Medical and sanitary report of the native army of Bengal for the year
Year: 1876
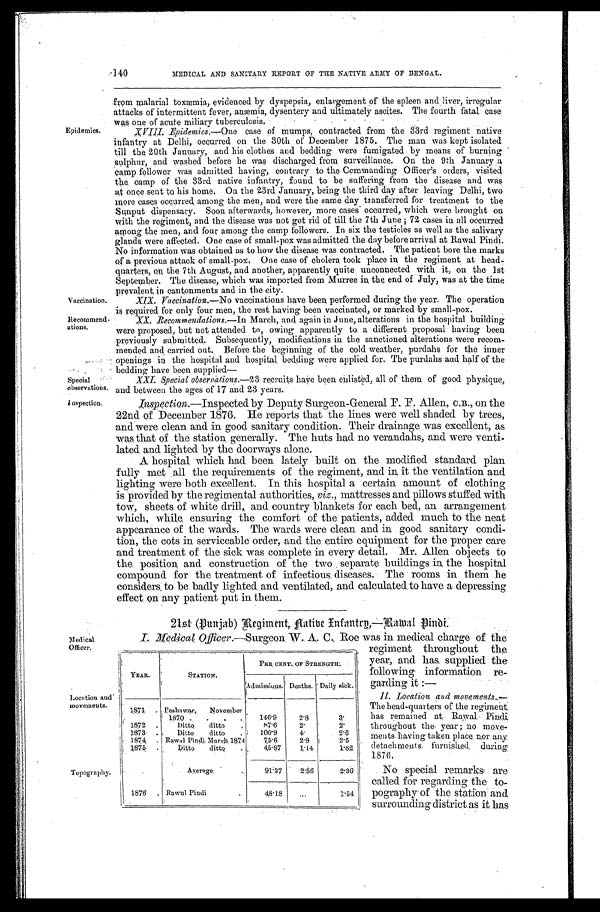
Vaccination.
Recommend
atious.
Special
observations
Inspection.
Epidemics.
Medical.
Officer.
Topography.
Location and'
movements.
140
MEDICAL AND SANITARY REPORT OF THE NATIVE ARMY OF BENGAL.
from malarial toxæmia, evidenced by dyspepsia, enlargement of the spleen and liver, irregular
attacks of intermittent fever, anæmia, dysentery and ultimately ascites. The fourth fatal case
was, one of acute miliary tuberculosis
.
XVIII. Epidemics. —One case of mumps, contracted from the 33rd regiment native
infantry at Delhi, occurred on the 30th of December 1875. The man was kept isolated
till the 20th January, and his clothes and bedding were fumigated by means of burning
sulphur, and washed before he was discharged from surveillance. On the 9th January a
camp follower was admitted having, contrary to the Commanding Officer's orders, visited
the camp of the 33rd native infantry, found to be suffering from the disease and was
at once sent to his home. On the 23rd January, being the third day after leaving . Delhi, two
more cases occurred, among the men, and were the same day, transferred for treatment to the
Sunput dispensary. Soon afterwards, however, more cases occurred, which were brought on
with the regiment, and the disease was not got rid of till the 7th June; 72 cases in all occurred
among the men, and four among the camp followers. In six the testicles as well as the salivary
glands were affected. One case of small-pox was admitted the day before arrival at Rawal Pindi.
No information was obtained as to how the disease was contracted. The patient bore the marks
of a previous attack of small-pox. One case of cholera took place in the regiment at head
-quarters, on the 7th August, and another, apparently quite unconnected with it, on the 1st
September. The disease, which was imported from Murree in the end of July, was at the time
prevalent, in cantonments and in the city.
XIX. Vaccination.—No vaccinations have been performed during the year. The operation
is required for only four men, the rest having been vaccinated, or marked by small-pox.
XX. Recommendations.—In March, and again in June, alterations in the hospital building
were proposed, but not attended to, owing apparently to a different proposal having been
previously submitted. Subsequently, modifications in the sanctioned alterations were recom
mended and carried out. Before the beginning of the cold weather, purdahs for the inner
openings in the hospital and hospital. bedding were applied for. The purdahs and half of the
bedding have been supplied
—
XXI. Special Observations.—23 recruits have been enlisted, all of them of good physique,
and between the ages of 17 and 23 years.
Inspection.
.—Inspected by Deputy Surgeon-General F. F. Allen, C.B., on the
22nd of. December 1876. He reports that the lines were well shaded by trees,
and were clean and in good sanitary condition. Their drainage was excellent, as
was that of the station. generally. The huts had no verandahs, and were venti
-lated and lighted by the doorways alone.
A hospital which had been lately built on the modified standard plan
f u l l y me t a l l t h e r e q u i r e me n t s o f t h e r e g i me n t , a n d i n i t t h e v e n t i l a t i o n a n d
lighting were both excellent. In this hospital a certain amount of clothing
is provided by the regimental authorities, viz., mattresses and pillows stuffed with
tow, sheets of white drill, and. country blankets for each bed, an arrangement
which, while, ensuring the comfort of the patients, added much to the neat
appearance of the wards. The wards were clean and in good sanitary condi
-tion, the cots in serviceable order, and the entire equipment for the proper care
and treatment of the sick was complete in every detail. Mr. Allen objects to
the position and construction of the two separate buildings in the hospital
compound for the treatment of infectious diseases. The rooms in them he
considers. to be badly lighted. and ventilated, and calculated to have a depressing
effect on any patient put in them.
21st (Punjab)Regiment, N a t i v e I n f a n t r y , — R a w a l P i n d i .
I . M e d i c a l O f f i c e r .
— S u r g e o n
. W . A . C . R o e w a s i n m e d i c a l c h a r g e o f t h e
regiment throughout the
year, and has, supplied the
following information re-
garding it:—
II. Location and move
m e n t s . —
T h e h e a d - q u a r t e r s o f t h e r e g i m e n t
has remained at. Rawal Pindi
throughout the. year; no move
- m e n t s . h a v i n g
, t a k e n p l a c e n o r a n y
detachments furnished
d u r i n g 1 8 7 6 .
No special remarks are
called for regarding the to-
pography of the station and
surrounding district as it has
YEAR.
STATION.
PER CENT. OF STRENGTH:
Admissions. Deaths. Daily sick.
1871
Peshawar, November ,
1870
146.9
2.8
. 3
1872
Ditto ditto
87.6
2.
2.
1873
Ditto ditto
100.9
4.
2.5
1874 Rawal Pindi, March 1874
75.6
2.9
2.5
1875.
Ditto ditto
45.87
1.14
1.82
Average
91.37
2.56
2.36
1876 Rawul Pindi.
48.18
1.54